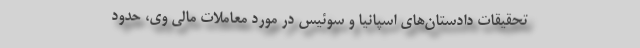
تحقیقات دادستان‌های اسپانیا و سوئیس در مورد معاملات مالی وی، حدود